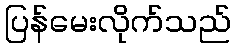
ပြန်မေးလိုက်သည်